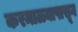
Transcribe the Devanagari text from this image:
करमाळ्यापासून